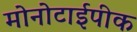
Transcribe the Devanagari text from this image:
मोनोटाईपीक